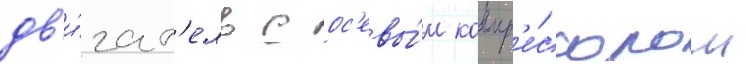
дв'и́гат'ель с ос'евы́м компр'е́ссором